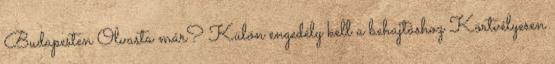
Budapesten Olvasta már? Külön engedély kell a behajtáshoz Körtvélyesen